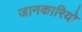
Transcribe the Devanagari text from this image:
जानकारियो